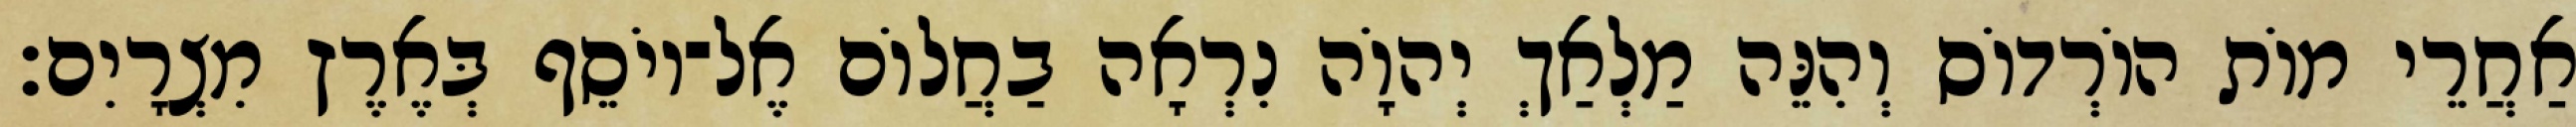
אַחֲרֵי מוֹת הוֹרְדוֹס וְהִנֵּה מַלְאַךְ יְהוָֹה נִרְאָה בַחֲלוֹם אֶל־יוֹסֵף בְּאֶרֶץ מִצְרָיִם׃